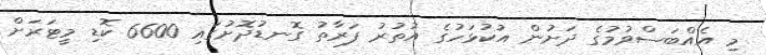
މި އެއްބަސްވުމުގެ ދަށުން އުކުޅަހުގެ އުތުރު ފަރާތު ގޮނޑުދޮށުގައި 6600 ކޮޑި މީޓަރަށް